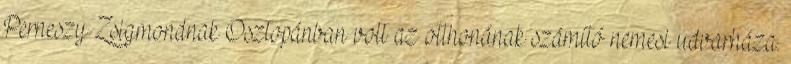
Perneszy Zsigmondnak Osztopánban volt az otthonának számító nemesi udvarháza.